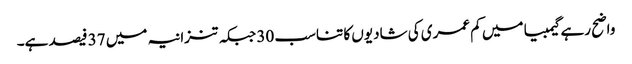
واضح رہے گیمبیا میں کم عمری کی شادیوں کا تناسب 30 جبکہ تنزانیہ میں 37 فیصد ہے۔